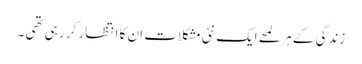
زندگی کے ہر لمحے ایک نئی مشکلات ان کا انتظار کر رہی تھی ۔